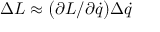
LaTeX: \Delta L \approx { \bigl ( } \partial L / \partial { \dot { q } } { \bigr ) } \Delta { \dot { q } }